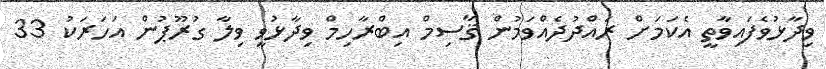
ވިދާޅުވެފައިވާތީ އެކަމަށް ރައްދުދެއްވަމުން ޤާސިމް އިބްރާހިމް ވިދާޅުވީ ވިލާ ގުރޫޕުން އަހަރަކު 33